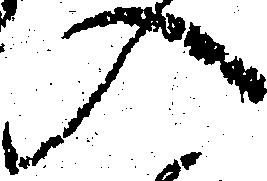
入